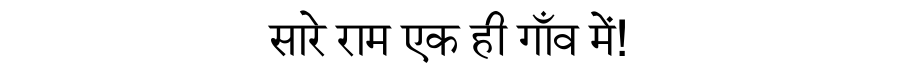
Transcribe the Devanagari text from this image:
सारे राम एक ही गाँव में!